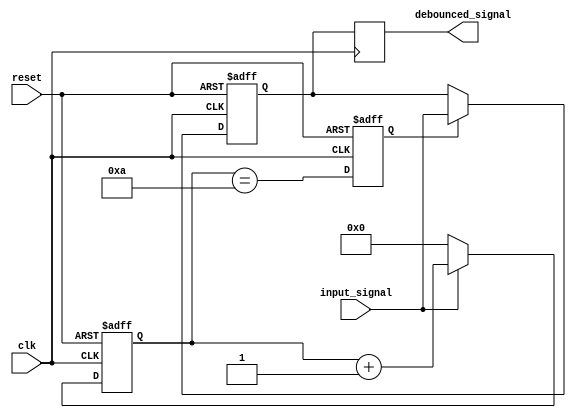
module debounce_circuit (
    input wire clk,
    input wire reset,
    input wire input_signal,
    output reg debounced_signal
);

// Constants for debounce algorithm
parameter DEBOUNCE_DELAY = 10; // Number of clock cycles for debounce delay

// Internal signals
reg [DEBOUNCE_DELAY-1:0] debounce_counter;
reg input_signal_stable;
reg debounced_signal_temp;

// Flip-flop or state machine to trigger on input signal transitions
always @(posedge clk or posedge reset) begin
    if (reset) begin
        debounce_counter <= 0;
        input_signal_stable <= 0;
        debounced_signal_temp <= 0;
    end else begin
        debounce_counter <= input_signal ? debounce_counter + 1 : 0;
        input_signal_stable <= (debounce_counter == DEBOUNCE_DELAY);
        debounced_signal_temp <= input_signal_stable ? input_signal : debounced_signal_temp;
    end
end

// Output debounced signal
always @(posedge clk) begin
    debounced_signal <= debounced_signal_temp;
end

endmodule